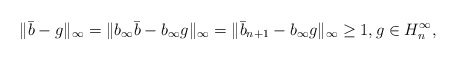
\begin{align*}\|\bar{b}-g\|_\infty=\|b_\infty\bar{b}-b_\infty g\|_\infty=\|\bar{b}_{n+1}-b_\infty g\|_\infty\geq1,g\in H^\infty_n,\end{align*}